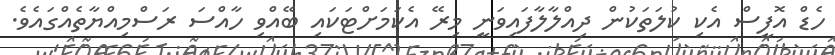
ހެޑް އޮފީސް އެކި ކުލަތަކުން ދިއްލާލާފައިވަނީ މިރޭ އެކަމަށްޓަކައި ބޭއްވި ހާއްސަ ރަސްމިއްޔާތެއްގައެވެ.